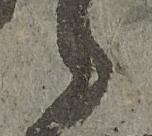
候